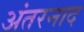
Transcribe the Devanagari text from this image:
अंतरनाद